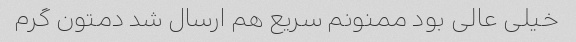
خیلی عالی بود ممنونم سریع هم ارسال شد دمتون گرم